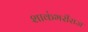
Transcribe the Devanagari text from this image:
शाकंभरीराज